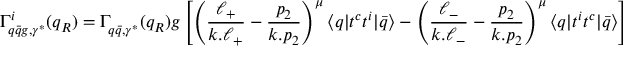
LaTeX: \Gamma _ { q \bar { q } g , \gamma ^ { * } } ^ { i } ( q _ { R } ) = \Gamma _ { q \bar { q } , \gamma ^ { * } } ^ { } ( q _ { R } ) g \left[ \left( \frac { \ell _ { + } } { k . \ell _ { + } } - \frac { p _ { 2 } } { k . p _ { 2 } } \right) ^ { \mu } \langle q | t ^ { c } t ^ { i } | \bar { q } \rangle - \left( \frac { \ell _ { - } } { k . \ell _ { - } } - \frac { p _ { 2 } } { k . p _ { 2 } } \right) ^ { \mu } \langle q | t ^ { i } t ^ { c } | \bar { q } \rangle \right] e _ { \mu } ^ { * } .